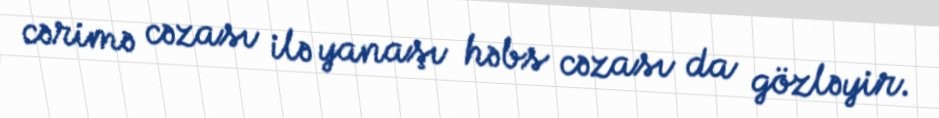
cərimə cəzası ilə yanaşı həbs cəzası da gözləyir.